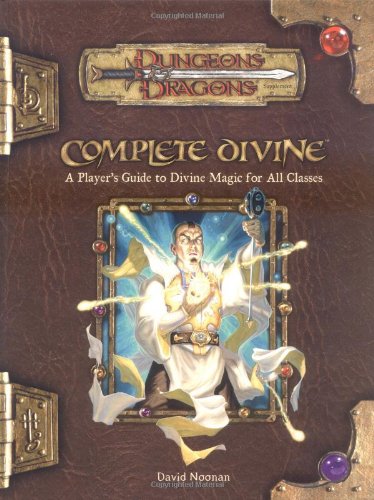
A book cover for Complete Divine: A Player's Guide to Divine Magic for all Classes (Dungeons & Dragons d20 3.5 Fantasy Roleplaying Supplement); David Noonan; Science Fiction & Fantasy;